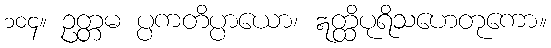
၁၀၄။ ဥတ္တမ ပ္ပကတိပ္ပာယော၊ ဣတ္ထိပုရိသဟေတုကော။